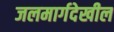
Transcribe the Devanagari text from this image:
जलमार्गदेखील